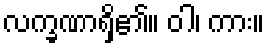
လက္ခဏာရှိ၏။ ဝါ၊ ကား။